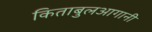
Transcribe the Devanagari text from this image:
किताबुलआगानी